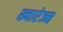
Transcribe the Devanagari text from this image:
ख्वारेज्म